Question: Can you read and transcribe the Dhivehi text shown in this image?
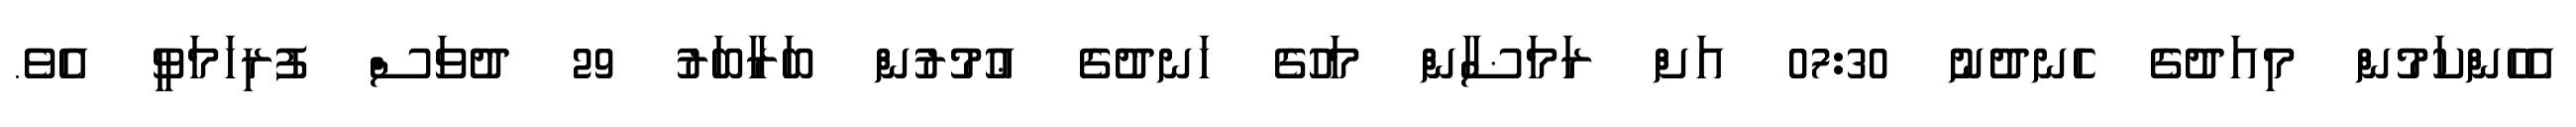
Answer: އެހެންކަމުން މިއަދުގެ ހެނދުނު 07:30 އަށް ރަމަޟާން މަހުގެ ހަނދުގެ ޢުމުރުން ބަރާބަރު 29 ދުވަސް ފުރިހަމަވީ އެވެ.